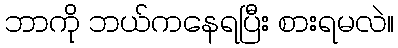
ဘာကို ဘယ်ကနေရပြီး စားရမလဲ။